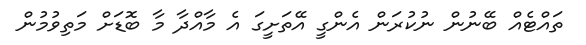
ތައްޓެއް ބޭނުން ނުކުރަން އެންގީ އޭތަށީގަ އެ މާއްދާ މާ ބޮޑަށް މަތިވުމުން